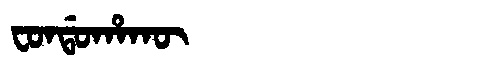
Manchu: ᠸᠣᠨᡩᠣᡥᠠᡴᡡ
Romanization: FONDOHAKŪ